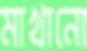
মাখানো